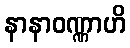
နာနာဝဏ္ဏာဟိ